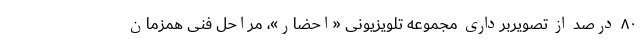
۸۰ درصد از تصویربرداری مجموعه تلویزیونی «احضار»، مراحل فنی همزمان